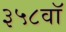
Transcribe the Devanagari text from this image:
३५८वॉ